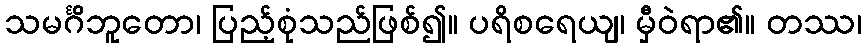
သမင်္ဂိဘူတော၊ ပြည့်စုံသည်ဖြစ်၍။ ပရိစရေယျ၊ မှီဝဲရာ၏။ တဿ၊